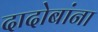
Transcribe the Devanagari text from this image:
दादोबांना